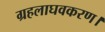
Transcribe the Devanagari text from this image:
ग्रहलाघवकरण।